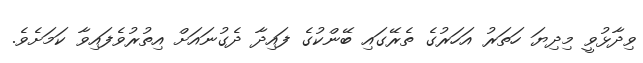
ވިދާޅުވީ މިދިޔަ ހަތަރު އަހަރުގެ ތެރޭގައި ބޭންކުގެ ފައިދާ ދެގުނައަށް އިތުރުވެފައިވާ ކަމަށެވެ.